Leaving Certificate Examination, 1918
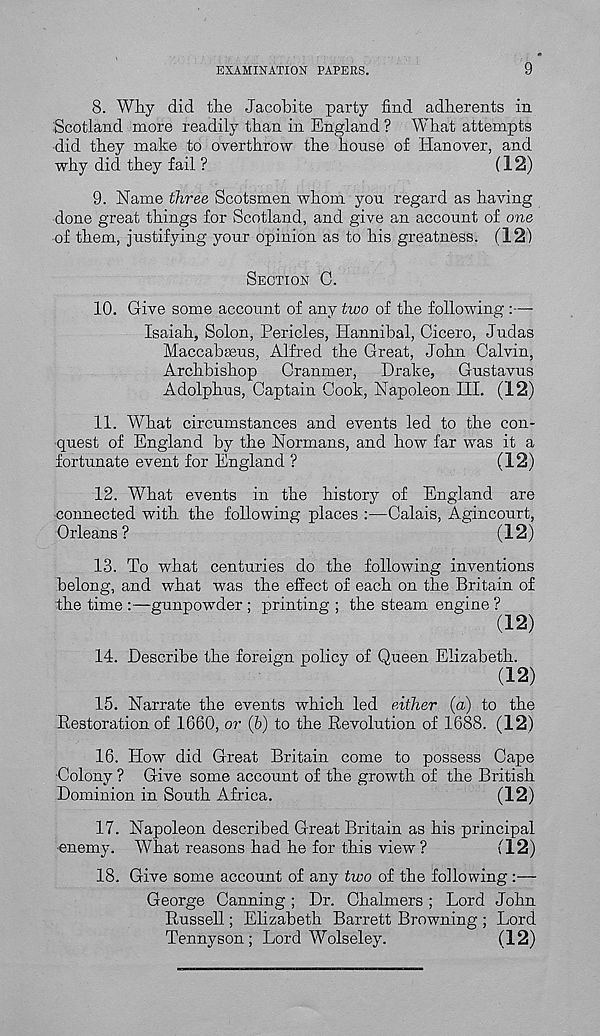
EXAMINATION PAPERS.
9
8. Why did the Jacobite party find adherents in
Scotland more readily than in England ? What attempts
did they make to overthrow the house of Hanover, and
why did they fail ?
(12)
9. Name three Scotsmen whom you regard as having
done great things for Scotland, and give an account of one
of them, justifying your opinion as to his greatness. (12)
SECTION C.
10. Give some account of any two of the following :—
Isaiah, Solon, Pericles, Hannibal, Cicero, Judas
Maccabseus, Alfred the Great, John Calvin,
Archbishop Cranmer, Drake, Gustavus
Adolphus, Captain Cook, Napoleon III. (12)
11. What circumstances and events led to the con-
quest of England by the Normans, and how far was it a
fortunate event for England ?
(12)
12. What events in the history of England are
connected with the following places :—Calais, Agincourt,
Orleans?
(12)
13. To what centuries do the following inventions
belong, and what was the effect of each on the Britain of
the time :—gunpowder ; printing ; the steam engine ?
(12)
14. Describe the foreign policy of Queen Elizabeth.
(12)
15. Narrate the events which led either (a) to the
Bestoration of 1660, or (b) to the Revolution of 1688. (12)
16. How did Great Britain come to possess Cape
•Colony ? Give some account of the growth of the British
Dominion in South Africa.
(12)
17. Napoleon described Great Britain as his principal
•enemy. What reasons had he for this view ?
(12)
18. Give some account of any two of the following :—
George Canning; Dr. Chalmers; Lord John
Russell; Elizabeth Barrett Browning ; Lord
Tennyson; Lord Wolseley.
(12)